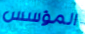
المؤسس